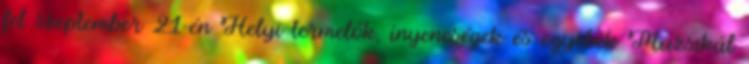
fel szeptember 21-én Helyi termelők, ínyencségek és egyebek Muzsikál